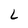
Character: L